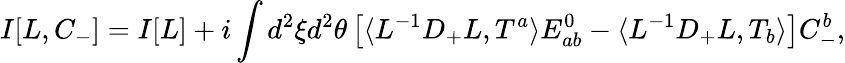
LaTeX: I[L,C_{-}]=I[L]+i\int d^{2}\xi d^{2}\theta\left[\langle L^{-1}D_{+}L,T^{a}\rangle E_{ab}^{0}-\langle L^{-1}D_{+}L,T_{b}\rangle\right]C_{-}^{b},